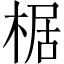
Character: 椐